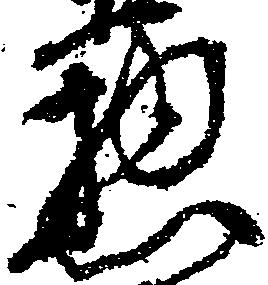
惣